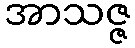
အာသဇ္ဇ